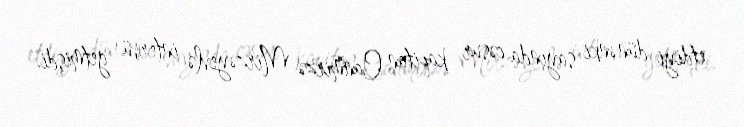
etdiyi dünənki sayında cəsur kapitan Canmirzə Mirzəyevlə intervü getmişdi.